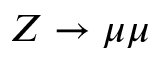
Z \to \mu \mu